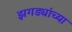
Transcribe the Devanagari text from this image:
झगड्यांच्या